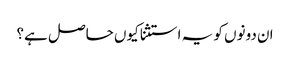
ان دونوں کو یہ استثنا کیوں حاصل ہے؟